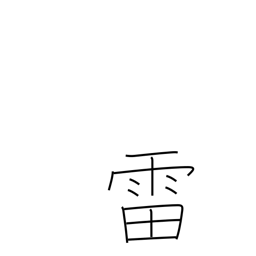
Meaning: thunder